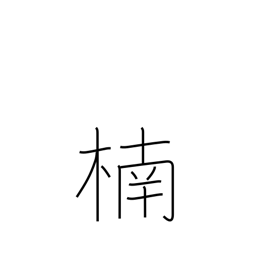
Meaning: camphor tree